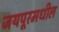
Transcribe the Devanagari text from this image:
जयपूरमधील